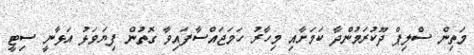
މަތިން ސްލިޕް ދޫކުރަމުންދާ ކަމަށާއި މިހާރު ހަމަޖައްސާފައިވާ ގޮތުން ފިޔަވަޅު އަޅާނީ ސިޓީ